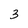
Character: 3